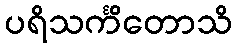
ပရိသင်္ကိတောသိ